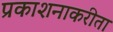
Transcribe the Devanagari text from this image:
प्रकाशनाकरीता